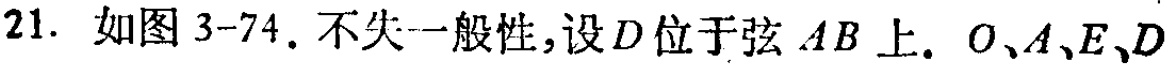
21. 如图3-74. 不失一般性,设\(D\)位于弦\(AB\)上. \(O、A、E、D\)